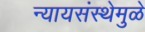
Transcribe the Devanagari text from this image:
न्यायसंस्थेमुळे